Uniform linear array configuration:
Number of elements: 8
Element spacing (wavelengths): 0.75
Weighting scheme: hamming
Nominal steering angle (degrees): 0
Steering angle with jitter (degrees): -0.2487
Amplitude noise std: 0.05
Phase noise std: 0.05

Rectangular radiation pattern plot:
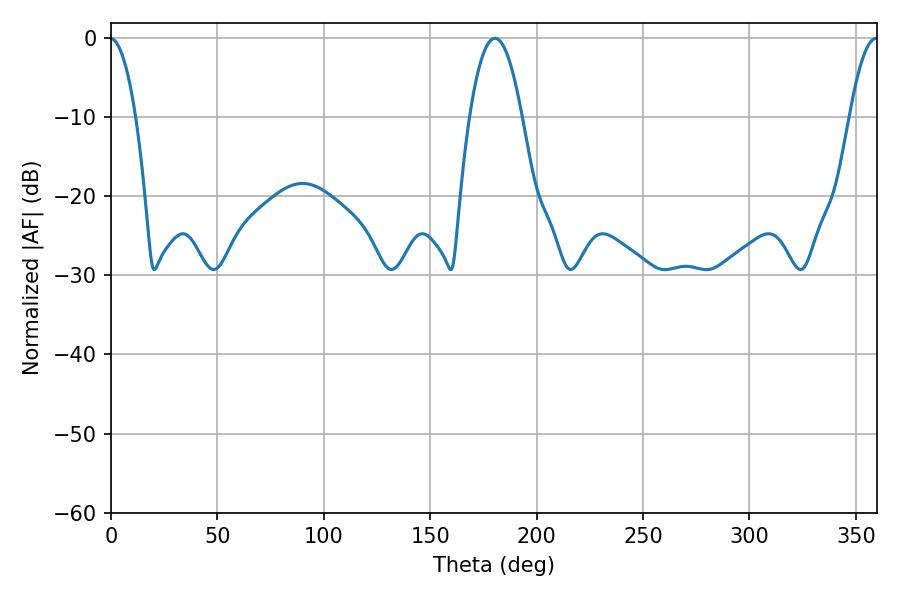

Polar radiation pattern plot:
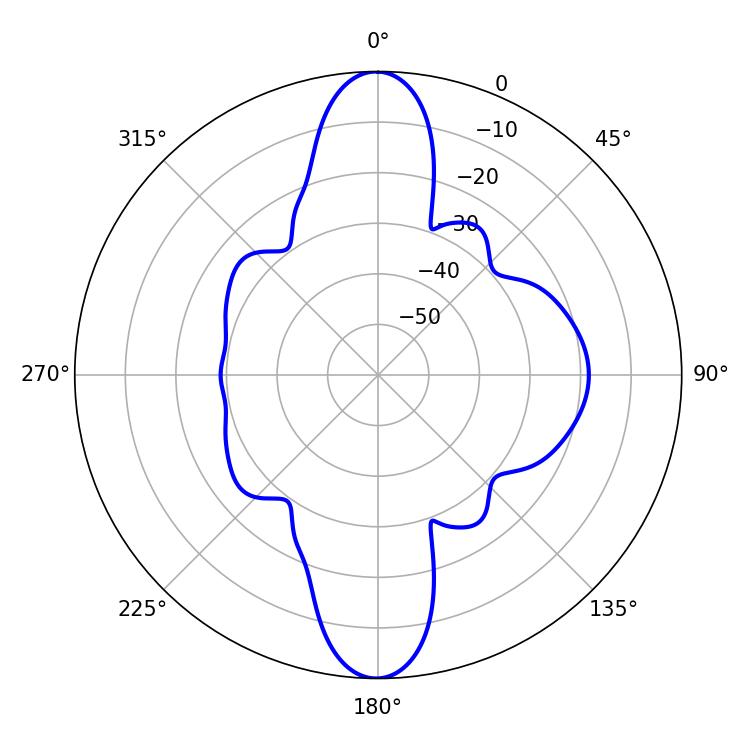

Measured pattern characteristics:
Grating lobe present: TRUE
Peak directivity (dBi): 32.773
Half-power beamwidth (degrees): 13.5
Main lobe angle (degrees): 180.36